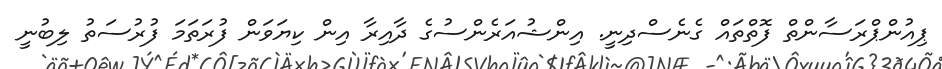
ޕިއުންޕްރަސާންތް ފޮތްތައް ގެނެސްދިނީ. އިންޝުއަރެންސުގެ ދާއިރާ އިން ކިޔަވަން ފުރަތަމަ ފުރުސަތު ލިބުނީ